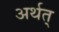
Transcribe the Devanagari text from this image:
अर्थत्